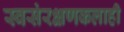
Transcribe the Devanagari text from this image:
स्वसंरक्षणकलाही